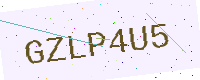
Text: GZLP4U5